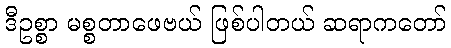
ဒီဥစ္စာ မစ္စတာဖေဗယ် ဖြစ်ပါတယ် ဆရာကတော်